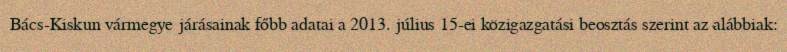
Bács-Kiskun vármegye járásainak főbb adatai a 2013. július 15-ei közigazgatási beosztás szerint az alábbiak: